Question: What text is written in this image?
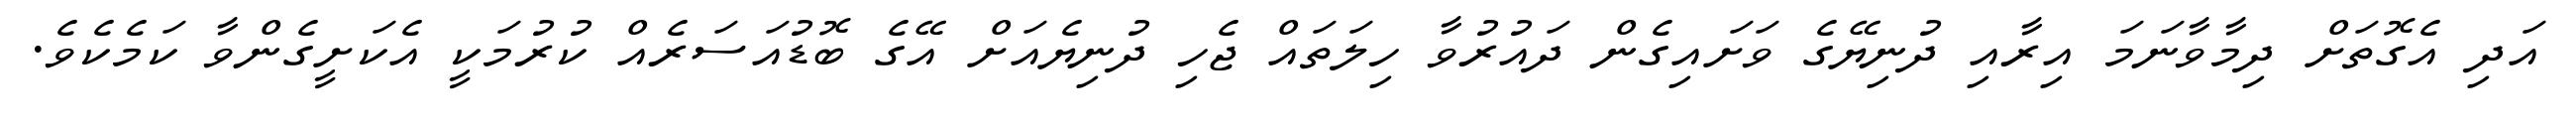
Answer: އަދި އެގޮތަށް ދިމާވާނަމަ އިރާއި ދުނިޔޭގެ ވަށައިގެން ދައުރުވާ ހިލަތައް ޖެހި ދުނިޔެއަށް އޭގެ ބޮޑުއަސަރެއް ކުރުމަކީ އެކަށީގެންވާ ކަމެކެވެ.